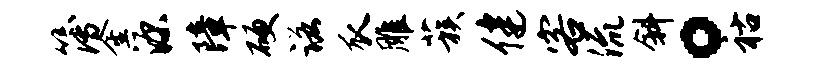
簿金源障硬诺瓜雕蔟健客流斜。祜